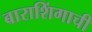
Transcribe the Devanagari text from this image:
बाराशिंगाची